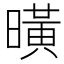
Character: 曂